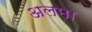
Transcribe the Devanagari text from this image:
अलमा